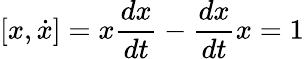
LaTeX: [x,{\dot{x}}]=x{\frac{dx}{dt}}-{\frac{dx}{dt}}x=1